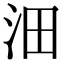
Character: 沺